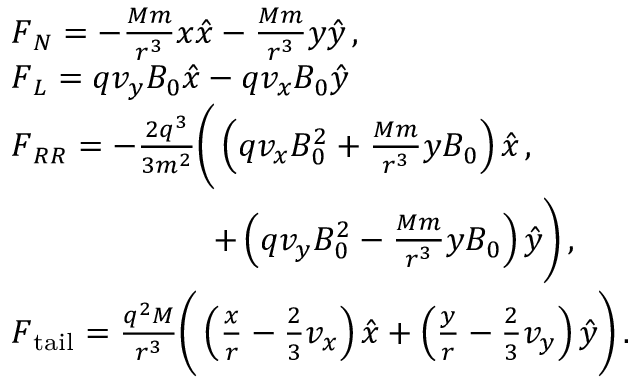
\begin{array} { r l } & { \boldsymbol { F } _ { N } = - \frac { M m } { r ^ { 3 } } x \boldsymbol { \hat { x } } - \frac { M m } { r ^ { 3 } } y \boldsymbol { \hat { y } } \, , } \\ & { \boldsymbol { F } _ { L } = q v _ { y } B _ { 0 } \boldsymbol { \hat { x } } - q v _ { x } B _ { 0 } \boldsymbol { \hat { y } } } \\ & { \boldsymbol { F } _ { R R } = - \frac { 2 q ^ { 3 } } { 3 m ^ { 2 } } \Bigg ( \left( q v _ { x } B _ { 0 } ^ { 2 } + \frac { M m } { r ^ { 3 } } y B _ { 0 } \right) \boldsymbol { \hat { x } } \, , } \\ & { \qquad \qquad \qquad + \left( q v _ { y } B _ { 0 } ^ { 2 } - \frac { M m } { r ^ { 3 } } y B _ { 0 } \right) \boldsymbol { \hat { y } } \Bigg ) \, , } \\ & { \boldsymbol { F } _ { \mathrm { t a i l } } = \frac { q ^ { 2 } M } { r ^ { 3 } } \Bigg ( \left( \frac { x } { r } - \frac { 2 } { 3 } v _ { x } \right) \boldsymbol { \hat { x } } + \left( \frac { y } { r } - \frac { 2 } { 3 } v _ { y } \right) \boldsymbol { \hat { y } } \Bigg ) \, . } \end{array}